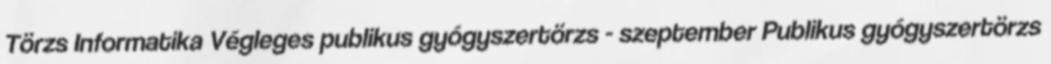
Törzs Informatika Végleges publikus gyógyszertörzs - szeptember Publikus gyógyszertörzs